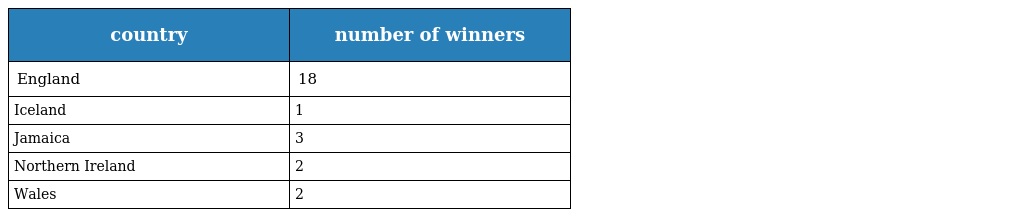
| country | number of winners |
 | --- | --- |
 | England | 18 |
 | Iceland | 1 |
 | Jamaica | 3 |
 | Northern Ireland | 2 |
 | Wales | 2 |